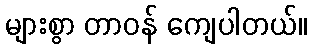
များစွာ တာဝန် ကျေပါတယ်။